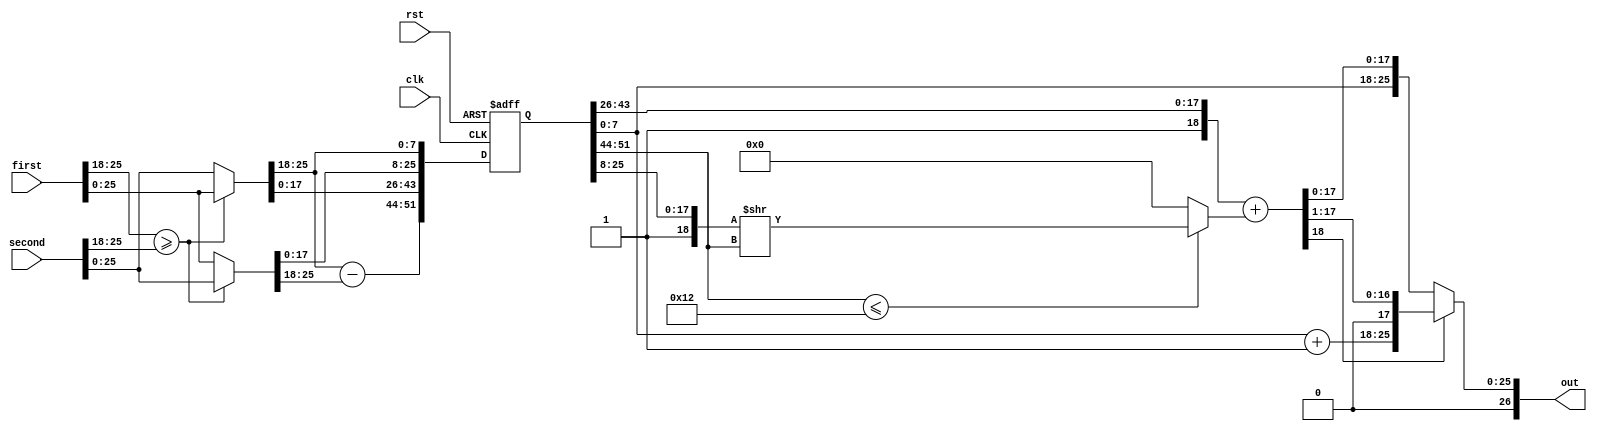
module fp_addr (
                clk,
                rst,
                first,
                second,
                out
                );

   input wire [26:0] first;
   input wire [26:0] second;
   input wire        clk;
   input wire        rst;
   
   output reg [26:0] out;
   
   wire [7:0]        res_expt;
   wire [17:0]       res_mant;  
   wire [26:0]       greater;
   wire [26:0]       smaller;
   wire [7:0]        shift_fac;
   reg [51:0]        pip1;   //{shift_fac,greater,lesser,expt_net}
   reg [18:0]        addr_out;
   reg [18:0]        shifted_val;
   wire [7:0]        first_expt;
   wire [7:0]        second_expt;
   wire [17:0]       first_mant;
   wire [17:0]       second_mant;
   reg [7:0]         carry_shift_1;
   
   assign greater = (first[25:18] >= second[25:18]) ? first: second;
   assign smaller = (first[25:18] >= second[25:18]) ? second: first;
   assign {first_expt,first_mant} = first[25:0];
   assign {second_expt,second_mant} = second[25:0];
   always @(posedge clk or negedge rst)
     begin
        if (rst == 1'b0)
          begin
             pip1 <= 'b0;
          end
        else
          begin
             pip1 <= {greater[25:18] - smaller[25:18],greater[17:0],smaller[17:0],(greater[25:18])};
          end // else: !if(rst == 1'b0)
     end // always @ (posedge clk or negedge rst)
   
   always @(*)
     begin
        if (pip1[51:44] <= 5'd18)
          begin
             shifted_val <= {1'b1,pip1[25:8]}>>pip1[51:44];
          end
        else
          begin
             shifted_val <= 'b0;
          end
     end

   always @(*)
     begin
        addr_out <= ({1'b1,pip1[43:26]} + {shifted_val});
     end

   always @(*)
     begin
        carry_shift_1 <= pip1[7:0] + 'b1;
     end
   
   always @(*)
     begin
        if (addr_out[18] == 'b0)
          begin
             out <= {1'b0,pip1[7:0],addr_out[17:0]};
          end
        else
          begin
             out <= {1'b0,carry_shift_1,1'b0,addr_out[17:1]};
          end
     end
   assign {res_expt,res_mant} = out[25:0];
endmodule